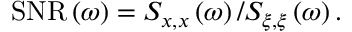
\mathrm { S N R } \left( \omega \right) = S _ { x , x } \left( \omega \right) / S _ { \xi , \xi } \left( \omega \right) .